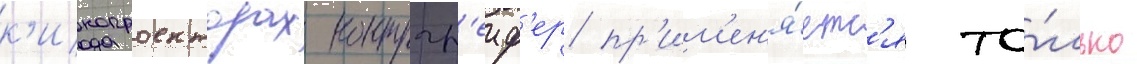
к'инопроекторах контргр'еиф'ер пр'им'ен'я́етс'я то́лько